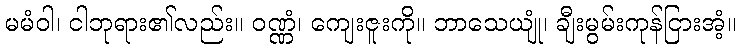
မမံဝါ၊ ငါဘုရား၏လည်း။ ဝဏ္ဏံ၊ ကျေးဇူးကို။ ဘာသေယျုံ၊ ချီးမွမ်းကုန်ငြားအံ့။